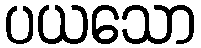
ပယသော